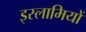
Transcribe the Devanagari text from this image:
इस्लामियों